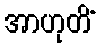
အာဟုတိံ